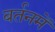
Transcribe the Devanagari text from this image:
बर्तनमें